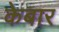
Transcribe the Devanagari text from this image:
केबार